[Report on the health of British troops in the Madras command]
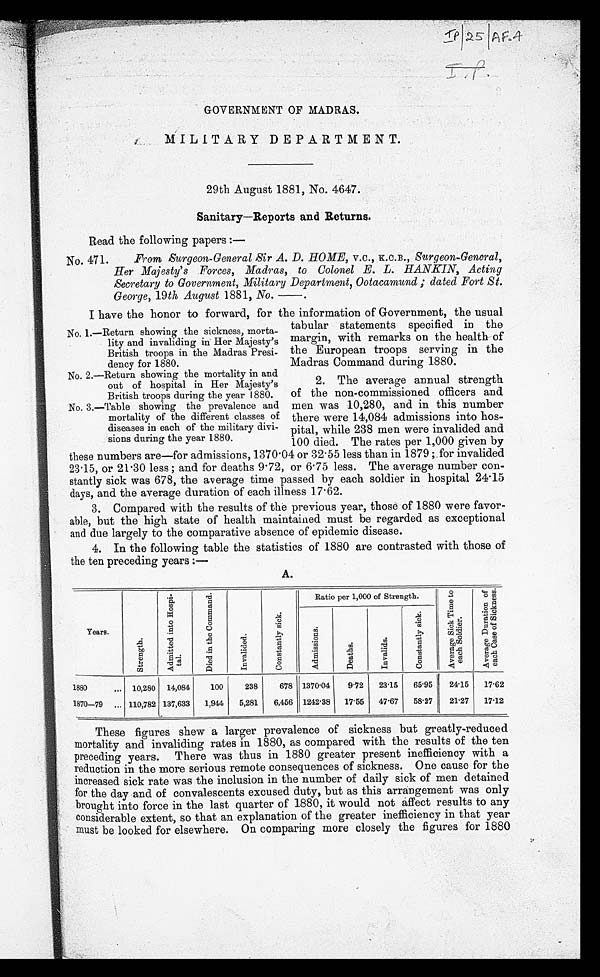
GOVERNMENT OF MADRAS.
MILITARY DEPARTMENT.
29th August 1881, No. 4647.
Sanitary—Reports and Returns.
Read the following papers
:—
No. 471. From Surgeon-General Sir A. D. HOME, v.c., K.C.B., Surgeon-General,
Her Majesty's Forces, Madras, to Colonel E. L. HANKIN, Acting
Secretary to Government, Military Department, Ootacamund; dated Fort St.
George, 19 th August 1881, No.—.
I have the honor to forward, for the information of Government, the usual
tabular statements specified in the
margin, with remarks on the health of
the European troops serving in the
Madras Command during 1880.
2. The average annual strength
of the non-commissioned officers and
men was 10,280, and in this number
there were 14,084 admissions into hos
-pital, while 238 men were invalided and
100 died. The rates per 1,000 given by
these numbers are—for admissions, 1370.04 or 32.55 less than in 1879; for invalided
23.15, or 21.30 less; and for deaths 9.72, or 6.75 less. The average number con
-stantly sick was 678, the average time passed by each soldier in hospital 24.15
days, and the average duration of each illness 17.62.
3. Compared with the results of the previous year, those of 1880 were favor
- a b l e , b u t t h e h i g h s t a t e o f h e a l t h m a i n t a i n e d m u s t b e r e g a r d e d a s e x c e p t i o n a l
and due largely to the comparative absence of epidemic disease.
4. In the following table the statistics of 1880 are contrasted with those of
the ten preceding years:—
A.
Years.
S t r e n g t h .
A d m i t t e d i n t o H o s p i - t a l .
D i e d i n t h e C o m m a n d .
I n v a l i d e d .
C o n s t a n t l y s i c k .
Ratio per 1,000 of Strength.
A v e r a g e S i c k T i m e t o e a c h S o l d i e r .
A v e r a g e D u r a t i o n o f e a c h C a s e o f S i c k n e s s .
A d m i s s i o n s .
D e a t h s .
I n v a l i d s .
C o n s t a n t l y s i c k .
1880 . . .
10,280
14,084
100
238
678 1370.04
9.72
23.15
65.95
24.15
17.62
1870–79 . . .
110,782 137,633
1,944
5,281
6,456 1242.38
17.55
47.67
58.27
21.27
17.12
These figures shew a larger prevalence of sickness but greatly-reduced
mortality and invaliding rates in 1880, as compared with the results of the ten
preceding years. There was thus in 1880 greater present inefficiency with a
reduction in the more serious remote consequences of sickness. One cause for the
increased sick rate was the inclusion in the number of daily sick of men detained
for the day and of convalescents excused duty, but as this arrangement was only
brought into force in the last quarter of 1880, it would not affect results to any
considerable extent, so that an explanation of the greater inefficiency in that year
must be looked for elsewhere. On comparing more closely the figures for 1880
No. 1.—Return showing the sickness, morta
-lity and invaliding in Her Majesty's
British troops in the Madras Presi
-dency for 1880.
No. 2.—Return showing the mortality in and
out of hospital in Her Majesty's
British troops during the year 1880.
No. 3.—Table showing the prevalence and
mortality of the different classes of
diseases in each of the military divi
- s i o n s d u r i n g t h e y e a r 1 8 8 0 .